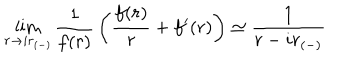
LaTeX: \lim _ { r \rightarrow i r _ { ( - ) } } { \frac { 1 } { f ( r ) } } \left( { \frac { f ( r ) } { r } } + f ^ { \prime } ( r ) \right) \simeq { \frac { 1 } { r - i r _ { ( - ) } } }